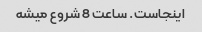
اینجاست. ساعت 8 شروع میشه